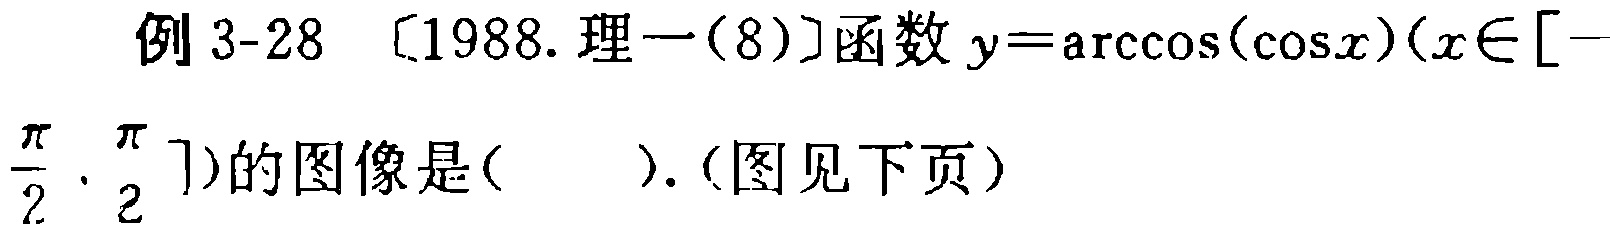
例 3-28 [1988. 理一(8)]函数 \(y = \arccos(\cos x)(x\in[-\frac{\pi}{2},\frac{\pi}{2}])\)的图像是( ).(图见下页)